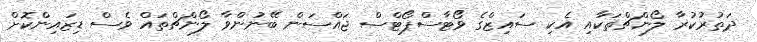
ދަތުރުކުރާ ލޯންޗްތަކާއި އެކި ސައިޒްގެ ވޯޓާސްޕޯޓްސް ޖައްސަން ބޭނުންވާ ލޯންޗްތައް ވެސް ޑިޒައިންކޮށް